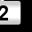
Digit: 2